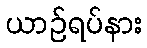
ယာဉ်ရပ်နား